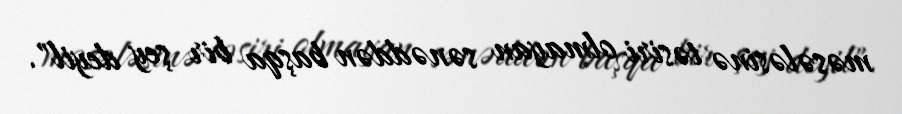
məsələsinə təsiri olmayan sənəddən başqa bir şey deyil".